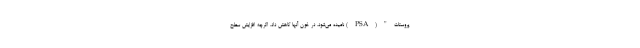
پروستات"(PSA) نامیده می‌شود، در خون آنها کاهش داد. اگرچه افزایش سطح